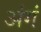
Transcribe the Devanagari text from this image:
अंगं